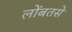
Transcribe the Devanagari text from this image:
लोंबतसे